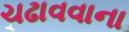
ચઢાવવાના